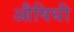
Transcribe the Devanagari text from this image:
औषिधी